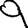
Digit: 9